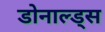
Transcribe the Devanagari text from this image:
डोनाल्ड्स